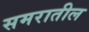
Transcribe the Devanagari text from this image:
समरातील